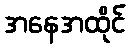
အနေအထိုင်